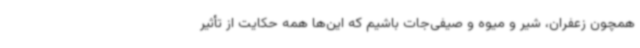
همچون زعفران، شیر و میوه و صیفی‌جات باشیم که این‌ها همه حکایت از تأثیر